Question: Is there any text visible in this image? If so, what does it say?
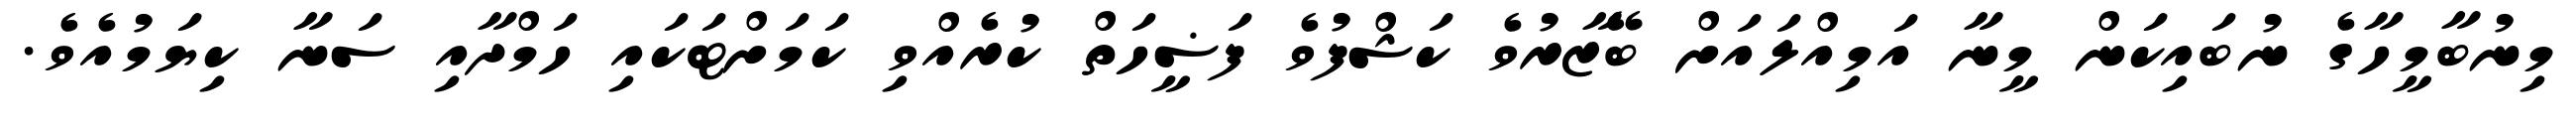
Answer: މިނުބާމީހާގެ ނުބައިކަން މީނާ އަމިއްލައަށް ބޭޒާރުވެ ކަޝްފުވެ ފަޟީހަތް ކުރެއްވި ކަމަށްޓަކައި ހަމްދާއި ސަނާ ކިޔަމުއެވެ.